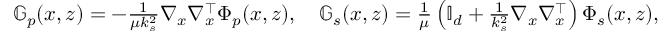
\begin{array} { r } { \mathbb { G } _ { p } ( x , z ) = - \frac { 1 } { \mu k _ { s } ^ { 2 } } \nabla _ { x } \nabla _ { x } ^ { \top } \Phi _ { p } ( x , z ) , \quad \mathbb { G } _ { s } ( x , z ) = \frac { 1 } { \mu } \left( \mathbb { I } _ { d } + \frac { 1 } { k _ { s } ^ { 2 } } \nabla _ { x } \nabla _ { x } ^ { \top } \right) \Phi _ { s } ( x , z ) , } \end{array}